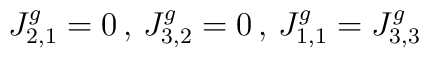
J^g_{2,1}=0 \, , \, J^g_{3,2}=0 \, , \, J^g_{1,1}=J^g_{3,3}